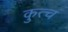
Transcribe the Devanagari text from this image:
कुत्च